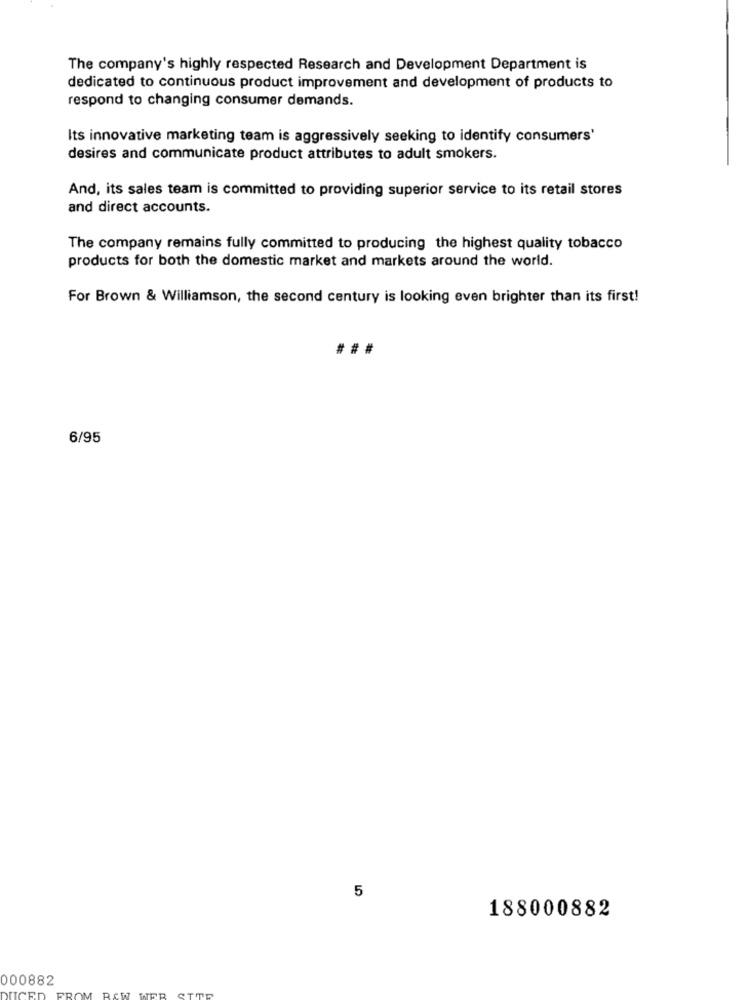
The company's highly respected Research and Development Department is
dedicated to continuous product improvement and development of products to
respond to changing consumer demands.
Its innovative marketing team is aggressively seeking to identify consumers'
desires and communicate product attributes to adult smokers.
And, its sales team is committed to providing superior service to its retail stores
and direct accounts.
The company remains fully committed to producing the highest quality tobacco
products for both the domestic market and markets around the world.
For Brown & Williamson, the second century is looking even brighter than its first!
###
6/95
5
188000882
000882
DUCED
WER